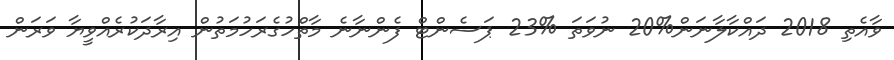
ވާއެތި 2018 ދައްކާލާނަން%20 ނުވަތަ %23 ޕަސެންޓް ފެންނާނެ މާތްހުގެރަހުމަތުން އިރާދަކުރެއްވީޔާ ވަރަން